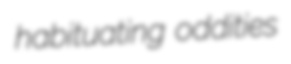
habituating oddities